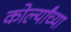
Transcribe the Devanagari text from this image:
कोर्ल्यांच्या